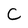
Character: C